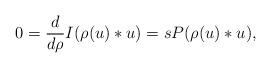
LaTeX: \begin{gather*}0=\frac{d}{d \rho} I(\rho(u) * u)=sP(\rho(u) * u),\end{gather*}